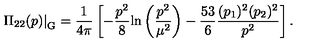
\displaystyle { \left. \Pi _ { 2 2 } ( p ) \right| _ { \mathrm { G } } } = \displaystyle { \frac { 1 } { 4 \pi } \left[ - \frac { p ^ { 2 } } { 8 } \mathrm { l n } \left( \frac { p ^ { 2 } } { \mu ^ { 2 } } \right) - \frac { 5 3 } { 6 } \frac { ( p _ { 1 } ) ^ { 2 } ( p _ { 2 } ) ^ { 2 } } { p ^ { 2 } } \right] . }